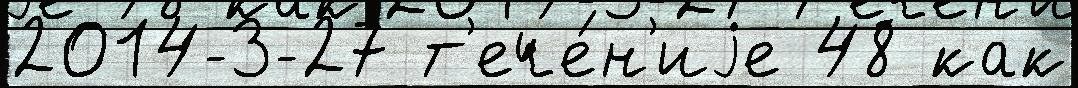
2014-3-27 т'ече́н'иjе 48 как